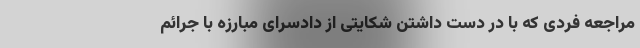
مراجعه فردی که با در دست داشتن شکایتی از دادسرای مبارزه با جرائم